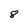
Character: 8